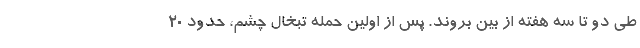
طی دو تا سه هفته از بین بروند. پس از اولین حمله تبخال چشم، حدود 20